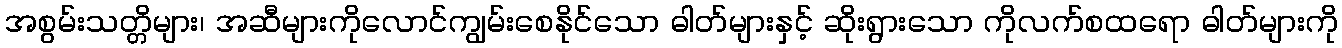
အစွမ်းသတ္တိများ၊ အဆီများကိုလောင်ကျွမ်းစေနိုင်သော ဓါတ်များနှင့် ဆိုးရွားသော ကိုလက်စထရော ဓါတ်များကို